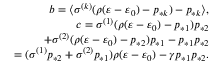
\begin{array} { r } { b = \langle \sigma ^ { ( k ) } ( \rho ( \varepsilon - \varepsilon _ { 0 } ) - p _ { * k } ) - p _ { * k } \rangle , } \\ { c = \sigma ^ { ( 1 ) } ( \rho ( \varepsilon - \varepsilon _ { 0 } ) - p _ { * 1 } ) p _ { * 2 } } \\ { + \sigma ^ { ( 2 ) } ( \rho ( \varepsilon - \varepsilon _ { 0 } ) - p _ { * 2 } ) p _ { * 1 } - p _ { * 1 } p _ { * 2 } } \\ { = ( \sigma ^ { ( 1 ) } p _ { * 2 } + \sigma ^ { ( 2 ) } p _ { * 1 } ) \rho ( \varepsilon - \varepsilon _ { 0 } ) - \gamma p _ { * 1 } p _ { * 2 } . } \end{array}